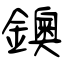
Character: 鐭